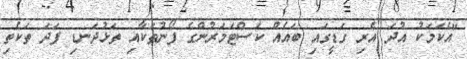
"އެކަމަކު އުދަ އެރި ގަޑީގައި ބައެއް ކަސްޓަމަރުންގެ ފޯނުތަކާއި ތަޅުދަނޑި ފަދަ ތަކެތި